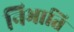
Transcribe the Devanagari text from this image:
निभाति